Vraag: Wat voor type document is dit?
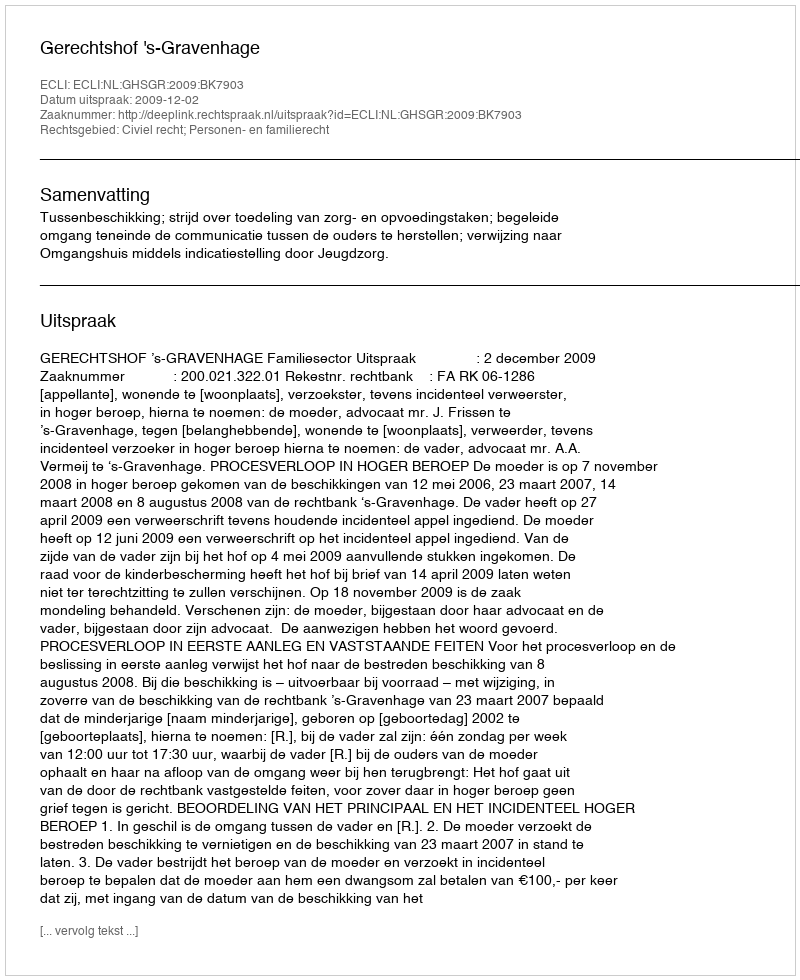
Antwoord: Uitspraak